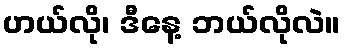
ဟယ်လို၊ ဒီနေ့ ဘယ်လိုလဲ။